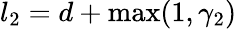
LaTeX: l_{2}=d+\operatorname*{max}(1,\gamma_{2})